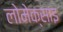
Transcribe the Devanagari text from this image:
लोमेक्साइ